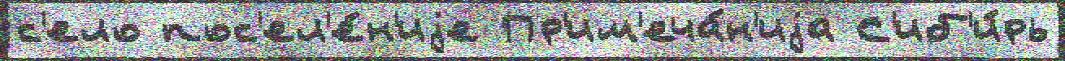
с'ело пос'ел'е́н'иjе Пр'им'еча́н'иjа С'иб'и́рь